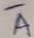
Text: A